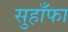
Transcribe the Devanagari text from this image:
सुहाँफा